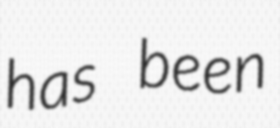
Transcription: has been